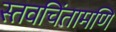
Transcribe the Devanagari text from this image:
स्तवचिंतामणि